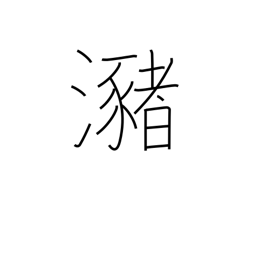
Meaning: pool